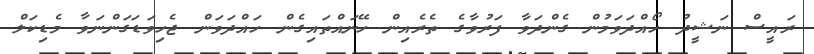
ރައީސް ނަޝީދު ހޯއްދަވަމުން ގެންދަވާ ފަރުވާގެ ތެރެއިން ހޭނައްތައިގެން ހައްދަވަން ޖެހިވަޑަގަންނަވާ މެޑިކަލް